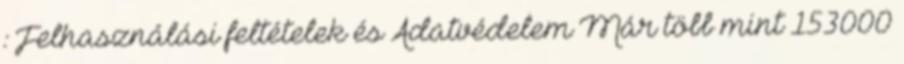
: Felhasználási feltételek és Adatvédelem Már több mint 153000